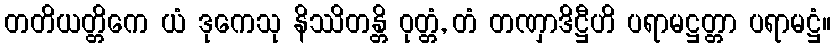
တတိယတ္တိကေ ယံ ဒုကေသု နိဿိတန္တိ ဝုတ္တံ, တံ တဏှာဒိဋ္ဌီဟိ ပရာမဋ္ဌတ္တာ ပရာမဋ္ဌံ။